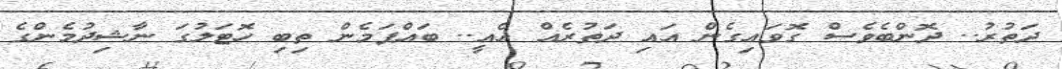
ދަތުރު.. ދޮންބެވެސް ގޮވައިގެން އައި ދަތުރެއް އެއީ.. ބައްޕަމެން ތިބި ހޮޓަލުގަ ނާޝިދުމެންގެ